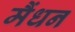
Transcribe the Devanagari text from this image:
मैंधन